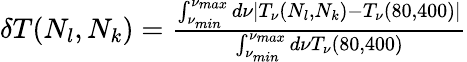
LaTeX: \begin{array}{r}{\delta T(N_{l},N_{k})=\frac{\int_{\nu_{min}}^{\nu_{max}}d\nu|T_{\nu}(N_{l},N_{k})-T_{\nu}(80,400)|}{\int_{\nu_{min}}^{\nu_{max}}d\nu T_{\nu}(80,400)}}\end{array}